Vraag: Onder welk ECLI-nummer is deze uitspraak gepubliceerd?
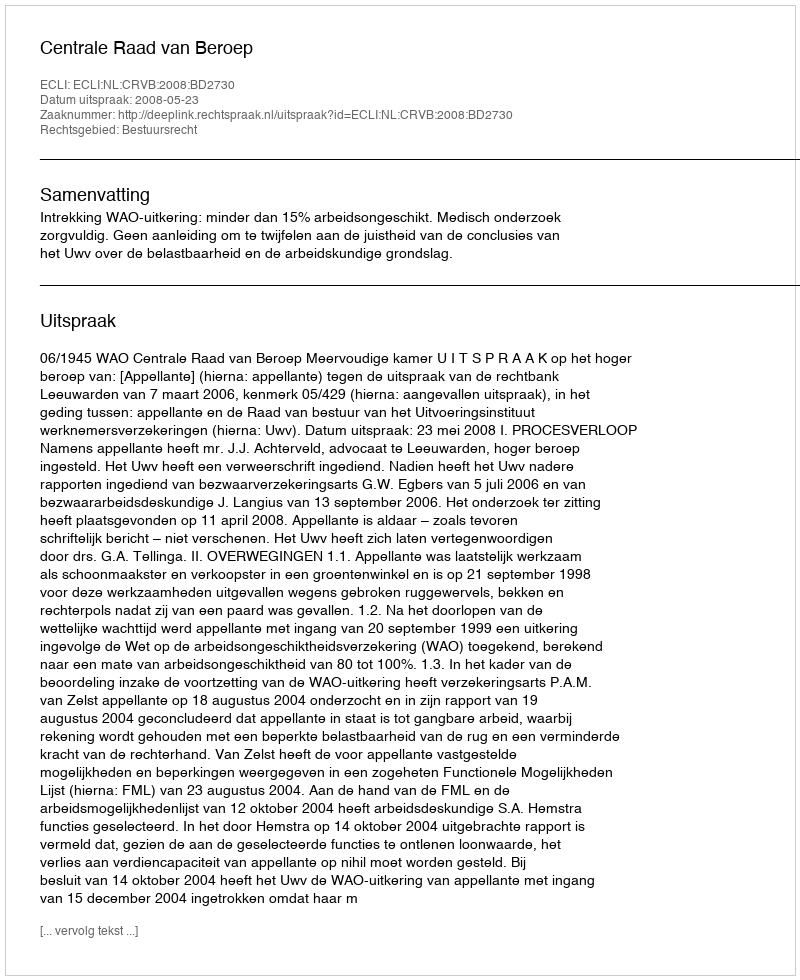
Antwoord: ECLI:NL:CRVB:2008:BD2730